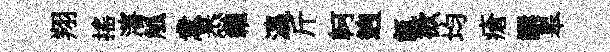
翔搖瀋觚意悉糴瀛斤軻逈氤欲均瘡譔皋